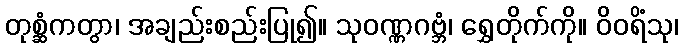
တုစ္ဆံကတွာ၊ အချည်းစည်းပြု၍။ သုဝဏ္ဏဂဗ္ဘံ၊ ရွှေတိုက်ကို။ ဝိဝရိံသု၊